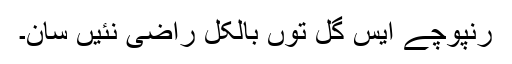
رنپوچے ایس گل توں بالکل راضی نئیں سان۔